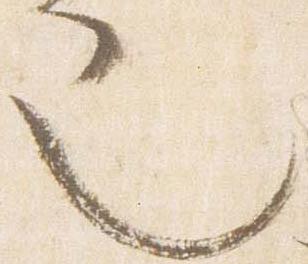
也